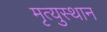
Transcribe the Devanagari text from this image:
मृत्युस्थान